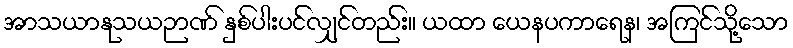
အာသယာနုသယဉာဏ် နှစ်ပါးပင်လျှင်တည်း။ ယထာ ယေနပကာရေန၊ အကြင်သို့သော